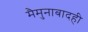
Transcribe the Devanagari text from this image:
मैमुनाबादही